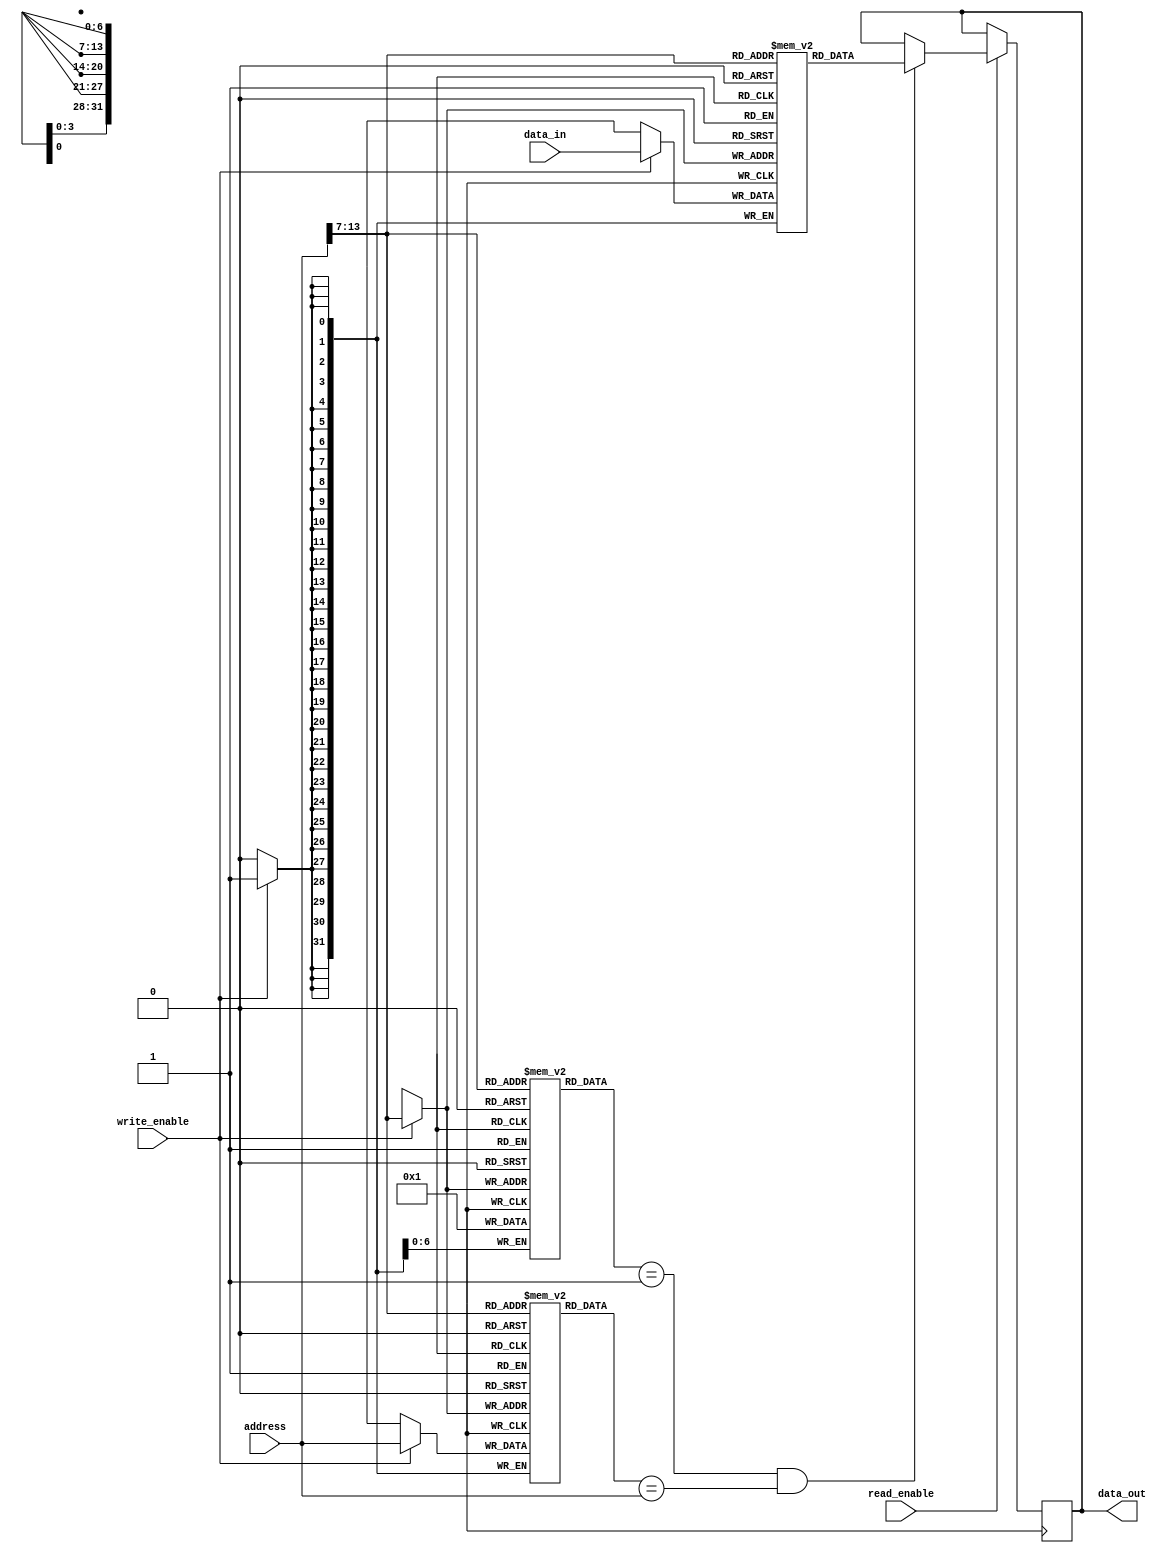
module cache_memory (
    input wire [31:0] address,
    input wire [31:0] data_in,
    input wire write_enable,
    input wire read_enable,
    output reg [31:0] data_out
);

reg [31:0] tag_memory [0:127];
reg [31:0] data_memory [0:127];
reg [6:0] valid_bit [0:127];

always @(posedge clock) begin
    if(write_enable) begin
        tag_memory[address[13:7]] <= address;
        data_memory[address[13:7]] <= data_in;
        valid_bit[address[13:7]] <= 1;
    end
end

always @(posedge clock) begin
    if(read_enable) begin
        if(valid_bit[address[13:7]] == 1 && tag_memory[address[13:7]] == address) begin
            data_out <= data_memory[address[13:7]];
        end else begin
            // Fetch data from main memory
            // Store data in cache memory
            // Update tag memory and valid bit
        end
    end
end

endmodule